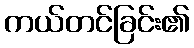
ကယ်တင်ခြင်း၏